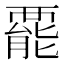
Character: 𧟽